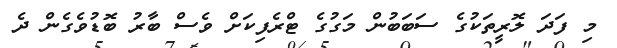
މި ފަދަ ލޮރީތަކުގެ ސަބަބުން މަގުގެ ޓްރެފިކަށް ވެސް ބާރު ބޮޑުވެގެން ދެ